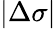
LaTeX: |\Delta\sigma|